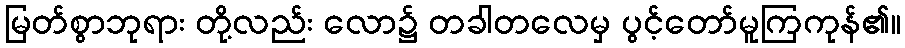
မြတ်စွာဘုရား တို့လည်း လော၌ တခါတလေမှ ပွင့်တော်မူကြကုန်၏။